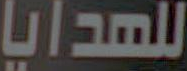
للهدايا